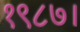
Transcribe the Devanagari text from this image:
१९८७।